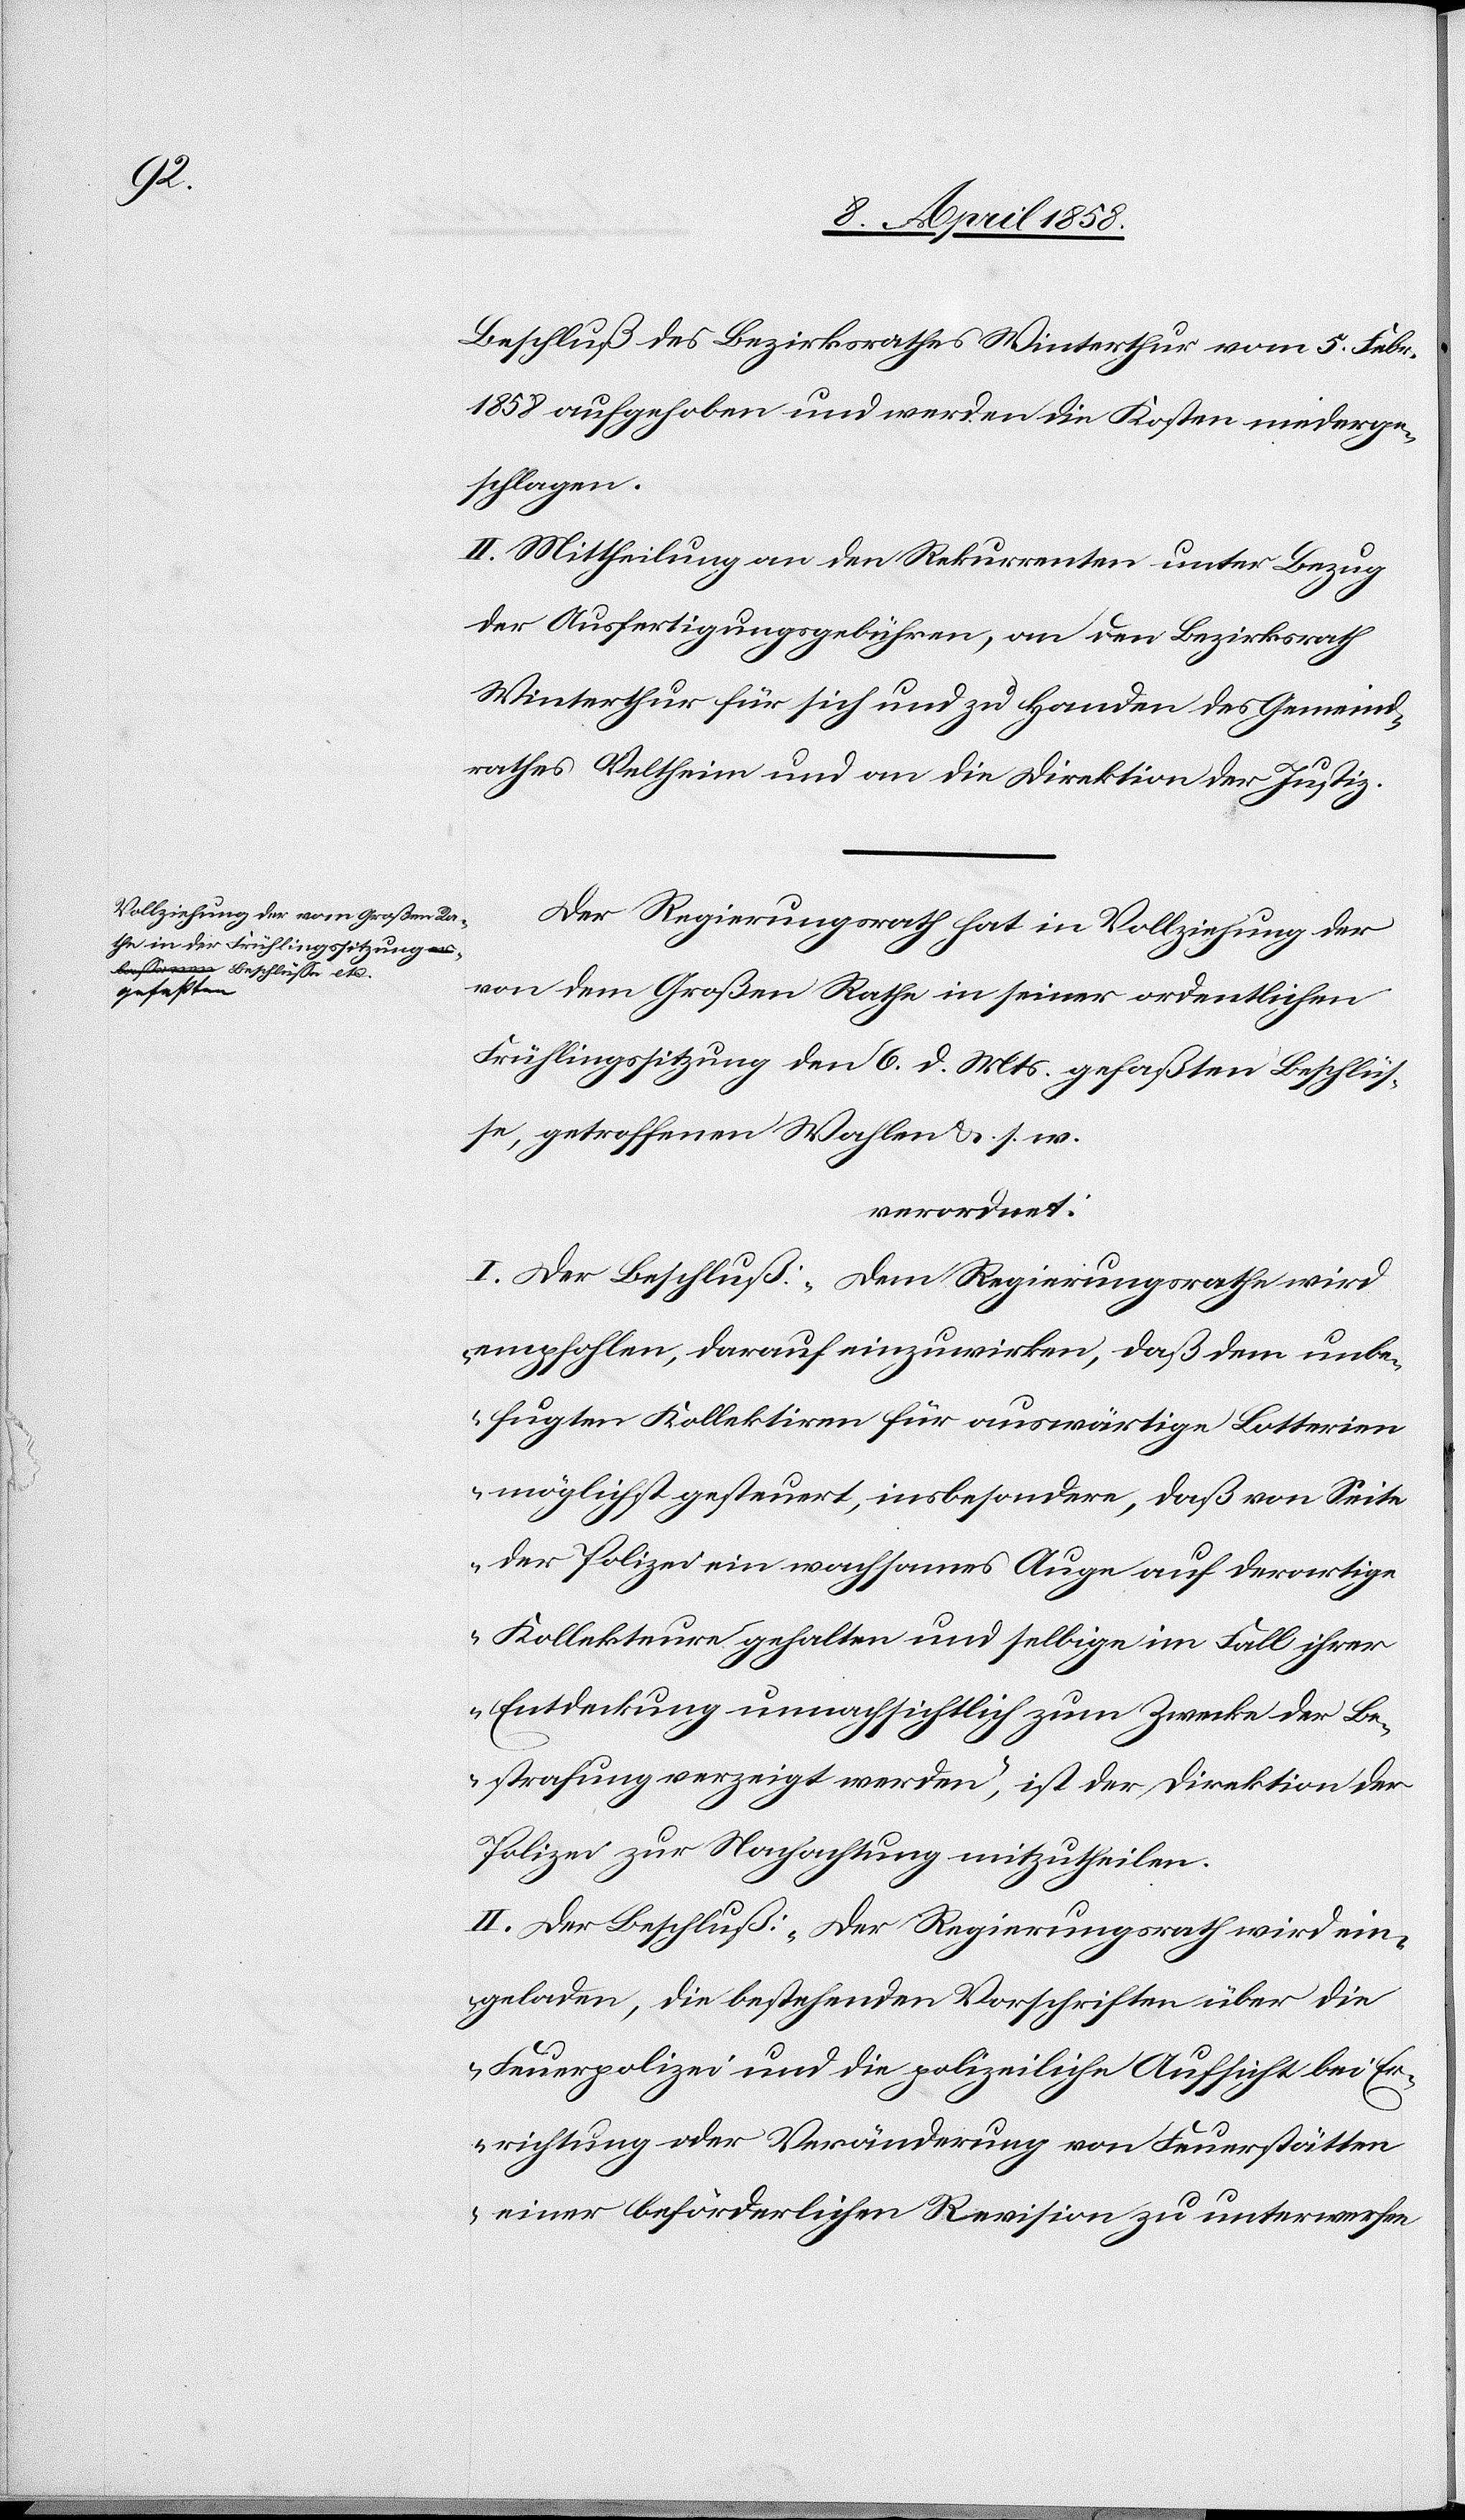
Beschluß des Bezirksrathes Winterthur vom 5. Febr.
1858 aufgehoben und werden die Kosten niederge¬
schlagen.
II. Mittheilung an den Rekurrenten unter Bezug
der Ausfertigungsgebühren, an den Bezirksrath
Winterthur für sich und zu Handen des Gemeind¬
rathes Veltheim und an die Direktion der Justiz.
Der Regierungsrath hat in Vollziehung der
von dem Großen Rathe in seiner ordentlichen
Frühlingssitzung den 6. d. Mts. gefaßten Beschlüs¬
se, getroffenen Wahl u. s. w.
verordnet:
I. Der Beschluß: „Dem Regierungsrathe wird
empfohlen, darauf einzuwirken, daß dem unbe¬
fugten Kollektiven für auswärtige Lotterien
möglichst gesteuert, insbesondere, daß von Seite
der Polizei ein wachsames Auge auf derartige
Kollekteure gehalten und selbige im Fall ihrer
Entdeckung unnachsichtlich zum Zwecke der Be¬
strafung verzeigt werden“, ist der Direktion der
Polizei zur Nachachtung mitzutheilen.
II. Der Beschluß: „Der Regierungsrath wird ein¬
geladen, die bestehenden Vorschriften über die
Feuerpolizei und die polizeiliche Aufsicht bei E¬
rrichtung oder Veränderung von Feuerstätten
einer beförderlichen Revision zu unterwerfen